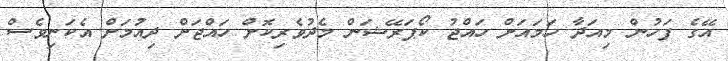
އޭގެ ފަހުން މިއަދާ ހަމައަށް ހައްޖު ކޯޕަރޭޝަން މެދުވެރިކޮށް ހައްޖަށް ދިއުމަށް އެކަނިވެސް